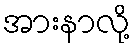
အားနာလို့